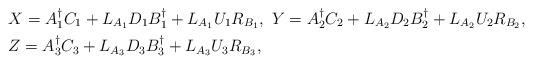
LaTeX: \begin{align*}&X=A_{1}^{\dagger}C_{1}+L_{A_{1}}D_{1}B_{1}^{\dagger}+L_{A_{1}}U_{1}R_{B_{1}},\ Y=A_{2}^{\dagger}C_{2}+L_{A_{2}}D_{2}B_{2}^{\dagger}+L_{A_{2}}U_{2}R_{B_{2}},\\ &Z=A_{3}^{\dagger}C_{3}+L_{A_{3}}D_{3}B_{3}^{\dagger}+L_{A_{3}}U_{3}R_{B_{3}},\end{align*}